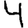
Digit: 4